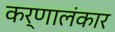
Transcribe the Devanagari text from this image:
कर्णालंकार